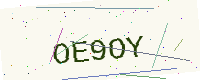
Text: OE9OY